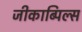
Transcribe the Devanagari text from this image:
जीकाब्पिल्स